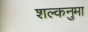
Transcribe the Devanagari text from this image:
शल्कनुमा